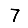
Digit: 7